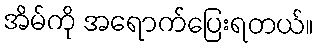
အိမ်ကို အရောက်ပြေးရတယ်။